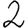
Digit: 2